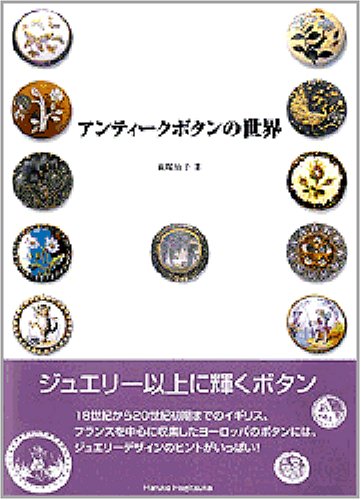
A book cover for World of antique buttons (2006) ISBN: 4877900667 [Japanese Import]; Crafts, Hobbies & Home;